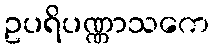
ဥပရိပဏ္ဏာသကေ